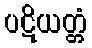
ပဋိယတ္တံ